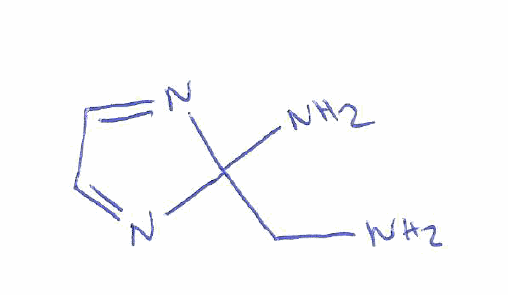
Simplified molecular-input line-entry system (SMILES) notation of the given molecule:
C1=NC(N=C1)(CN)N